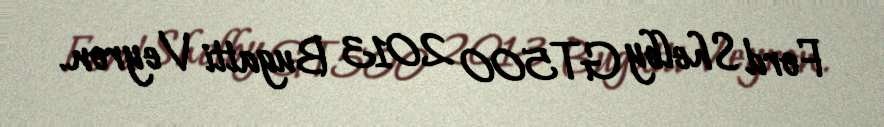
Ford Shelby GT500 2013 Bugatti Veyron.